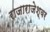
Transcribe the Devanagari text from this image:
राजाराजेश्‍वर